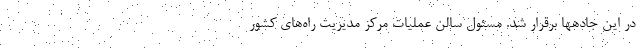
در این جادهها برقرار شد. مسئول سالن عملیات مرکز مدیریت راه‌های کشور